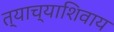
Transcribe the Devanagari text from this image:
त्याच्याशिवाय